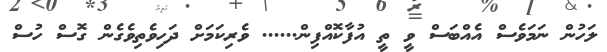
ލަހުން ނަމަވެސް އެއްބަސް ވީ ތީ އުފާކޮއްފިން...... ވެރިކަމަށް ދަހިވެތިވެގެން ގޮސް ހުސް